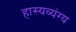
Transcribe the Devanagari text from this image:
हास्यव्यंग्य